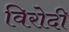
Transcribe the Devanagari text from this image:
विरोदी